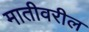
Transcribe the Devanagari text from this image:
मातीवरील